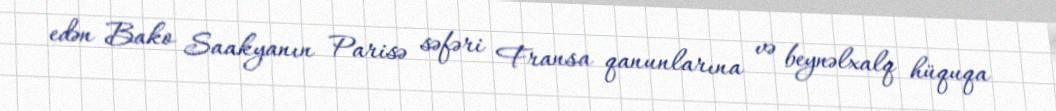
edən Bako Saakyanın Parisə səfəri Fransa qanunlarına və beynəlxalq hüquqa